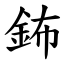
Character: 鈽